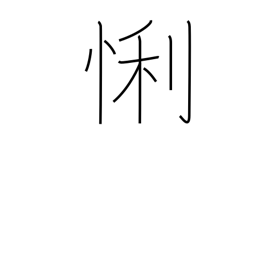
Meaning: clever